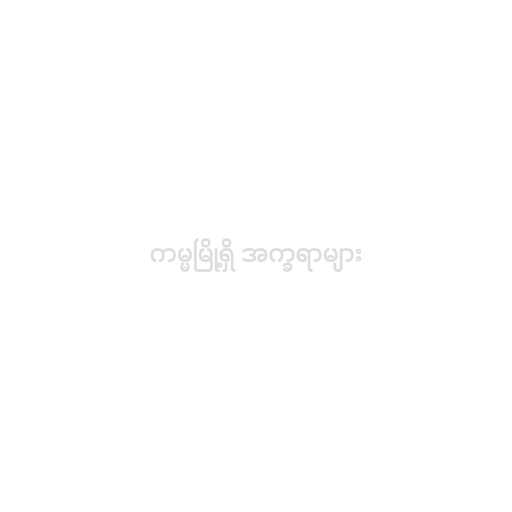
ကမ္မမြို့ရှိ အက္ခရာများ